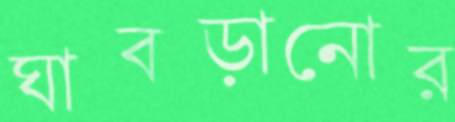
ঘাবড়ানোর